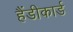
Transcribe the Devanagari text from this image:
हैंडीकार्ड